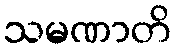
သမဏာတိ